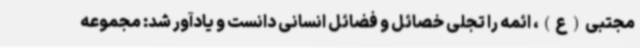
مجتبی(ع)، ائمه را تجلی خصائل و فضائل انسانی دانست و یادآور شد: مجموعه